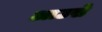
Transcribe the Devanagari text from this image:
आउसे